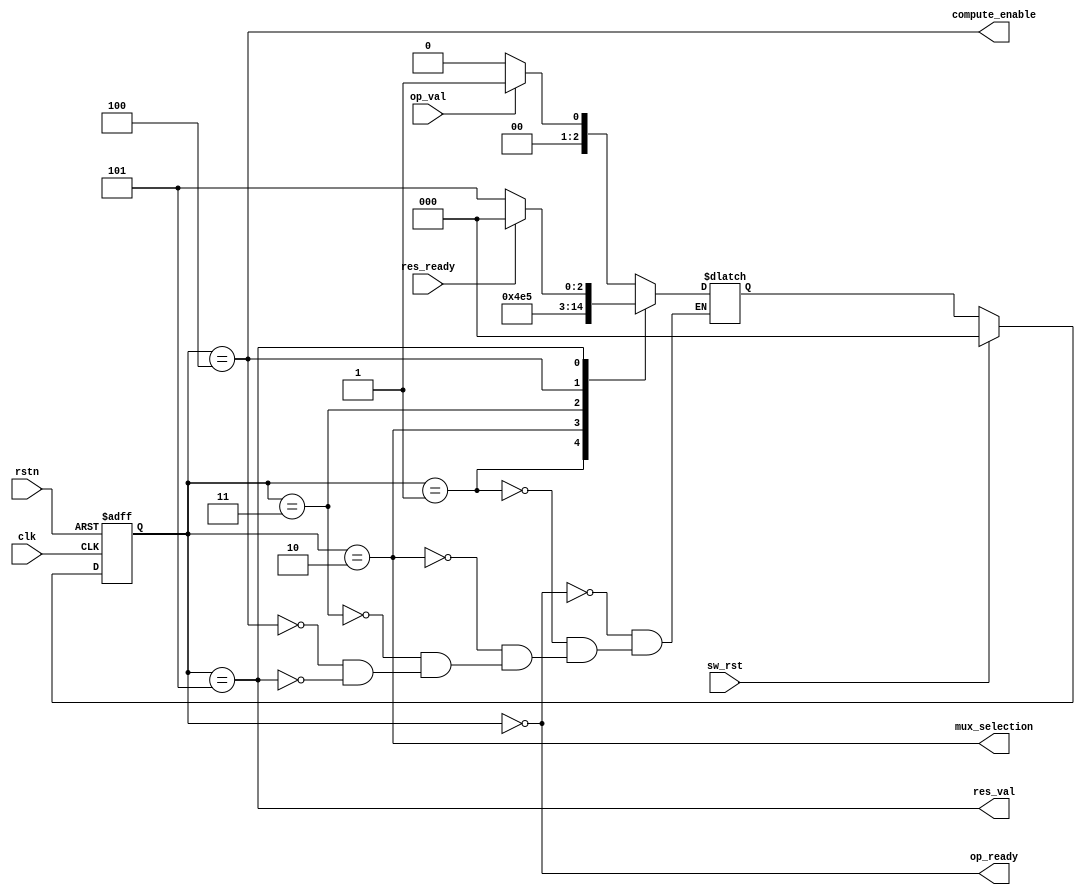
// Module:  control_logic

module control_logic(
    input                   clk                 , // clock signal
    input                   rstn                , // asynchronous reset active 0
    input                   sw_rst              , // software reset active 1
    input                   op_val              , // data valid signal
    input                   res_ready           , // the consumer is ready to receive the result

    output wire             op_ready            , // module is ready to receive new operands
    output wire             res_val             , // result valid signal
    output wire             mux_selection       , // selection signal for result registers and operands
    output wire             compute_enable        // enable for final result computation
);

    //State parameters
    parameter IDLE                  = 3'b000; // Idle state
    parameter LOAD_OPERANDS         = 3'b001; // Wait 1 clock cycle to load the operands in the registers when data valid is asserted
    parameter FIRST_STAGE_MULTIPLY  = 3'b010; // Compute first 2 multiplications
    parameter SCND_STAGE_MULTIPLY   = 3'b011; // Compute last 2 multiplications
    parameter COMPUTE_RESULT        = 3'b100; // Compute final result
    parameter WAIT_RESULT_RDY       = 3'b101; // Wait for result ready signal to be asserted

    // Internal signals and registers
    reg [2:0] state;
    reg [2:0] next_state;

    // State transition

    always @(posedge clk or negedge rstn)
    begin
        if(~rstn) state <= IDLE;
        else if (sw_rst) state <= IDLE;
        else state <= next_state;
    end 

    always @(*)
    begin
        case (state)
            IDLE:   if (~op_val)  next_state <= IDLE;
                    else          next_state <= LOAD_OPERANDS;
                
            LOAD_OPERANDS : next_state <= FIRST_STAGE_MULTIPLY;

            FIRST_STAGE_MULTIPLY : next_state <= SCND_STAGE_MULTIPLY;

            SCND_STAGE_MULTIPLY : next_state <= COMPUTE_RESULT;

            COMPUTE_RESULT : next_state <= WAIT_RESULT_RDY; 

            WAIT_RESULT_RDY :   if (res_ready)  next_state <= IDLE;
                                else            next_state <= WAIT_RESULT_RDY;
        
        endcase       
    end

    // Output assignments
    
    assign op_ready         = state == IDLE                 ;                  // The module is ready to receive new operands only in IDLE state
    assign res_val          = state == WAIT_RESULT_RDY      ;                  // Result is computed and result valid signal is asserted  
    assign compute_enable   = state == COMPUTE_RESULT       ;                  // Module is ready for final computation 
    assign mux_selection    = state == FIRST_STAGE_MULTIPLY ;

endmodule // control_logic